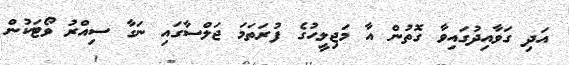
އަދި ގަވާއިދުގައިވާ ގޮތުން އާ މަޖިލީހުގެ ފުރަތަމަ ޖަލްސާގައި ނަގާ ސިއްރު ވޯޓަކުން